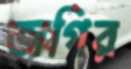
জগির